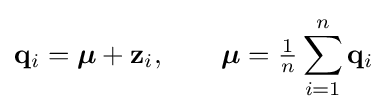
\mathbf {q} _{i}={\boldsymbol {\mu }}+\mathbf {z} _{i},\qquad {\boldsymbol {\mu }}={\tfrac {1}{n}}\sum _{i=1}^{n}\mathbf {q} _{i}